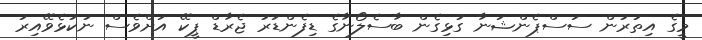
މީގެ އިތުރުން ސަސްޕެންޝަނާ ގުޅިގެން ބާސެލޯނާގެ ޑިފެންޑަރު ޖެރާޑް ޕީކޭ އަށްވެސް ނުކުޅެވޭއިރު